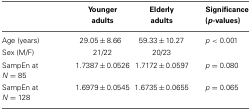
|  | Younger adults | Elderly adults | Significance (p-values) |
 | --- | --- | --- | --- |
 | Age (years) | 29.05 ± 8.66 | 59.33 ± 10.27 | p < 0.001 |
 | Sex (M/F) | 21/22 | 20/23 |  |
 | SampEn at N = 85 | 1.7387 ± 0.0526 | 1.7172 ± 0.0597 | p = 0.080 |
 | SampEn at N = 128 | 1.6979 ± 0.0545 | 1.6735 ± 0.0655 | p = 0.065 |